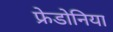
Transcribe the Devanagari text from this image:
फ्रेडोनिया